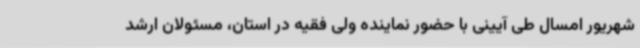
شهریور امسال طی آیینی با حضور نماینده ولی فقیه در استان، مسئولان ارشد